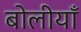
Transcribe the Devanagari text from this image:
बोलीयाँ